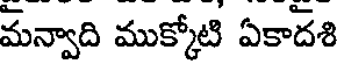
మన్వాది ముక్కోటి ఏకాదశి